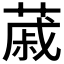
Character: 𦸗